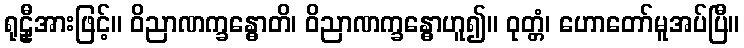
ရုဠှီအားဖြင့်။ ဝိညာဏက္ခန္ဓောတိ၊ ဝိညာဏက္ခန္ဓောဟူ၍။ ဝုတ္တံ၊ ဟောတော်မူအပ်ပြီ။